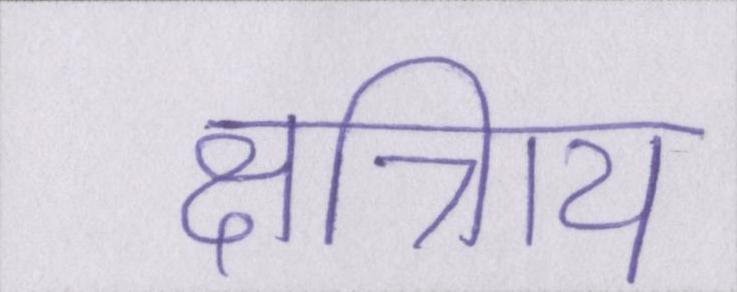
क्षत्रिाय